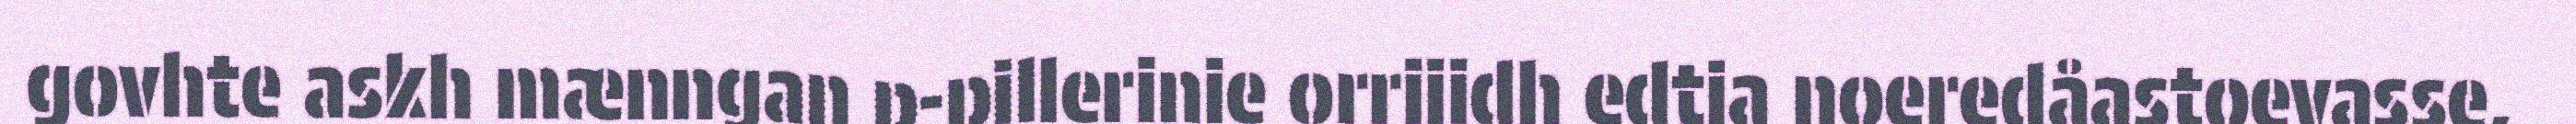
govhte askh mænngan p-pillerinie orrijidh edtja noeredåastoevasse,